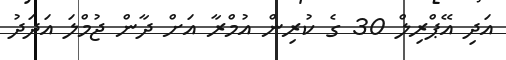
އަދި އޭޕްރިލް 30 ގެ ކުރިން އުމްރާ އަށް ދާން ޖުމްލަ އަދަދު